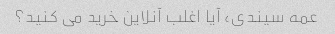
عمه سیندی، آیا اغلب آنلاین خرید می کنید؟